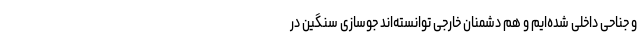
و جناحی داخلی شده‌ایم و هم دشمنان خارجی توانسته‌اند جوسازی سنگین در